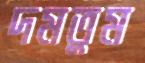
দমতুম